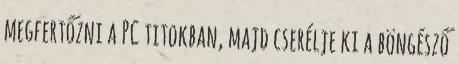
megfertőzni a PC titokban, majd cserélje ki a böngésző